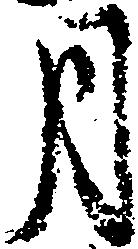
月